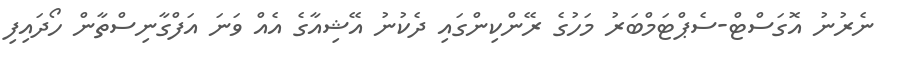
ނެރުނު އޮގަސްޓް-ސެޕްޓަމްބަރު މަހުގެ ރޭންކިންގައި ދެކުނު އޭޝިއާގެ އެއް ވަނަ އަފްގާނިސްތާން ހޯދައިފި